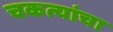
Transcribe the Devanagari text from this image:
चकत्यांचा